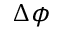
\Delta \phi